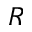
R